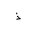
Letter: _thal